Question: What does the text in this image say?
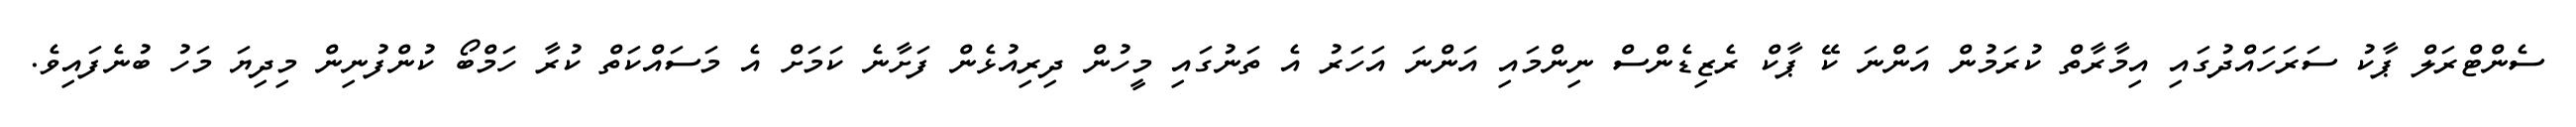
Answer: ސެންޓްރަލް ޕާކު ސަރަހައްދުގައި އިމާރާތް ކުރަމުން އަންނަ ކޭ ޕާކް ރެޒިޑެންސް ނިންމައި އަންނަ އަހަރު އެ ތަނުގައި މީހުން ދިރިއުޅެން ފަށާނެ ކަމަށް އެ މަސައްކަތް ކުރާ ހަމްބޯ ކުންފުނިން މިދިޔަ މަހު ބުނެފައިވެ.